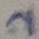
Text: 2